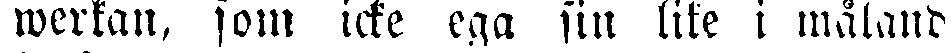
werkan, som icke ega sin lite i målande